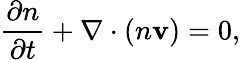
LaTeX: \frac{\partial n}{\partial t}+{\mathbf\nabla}\cdot(n{\mathbf v})=0,